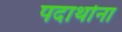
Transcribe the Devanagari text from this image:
पदार्थाना